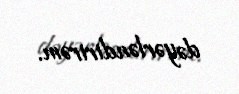
dəyərləndirirəm.